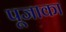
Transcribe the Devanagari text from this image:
पूजाका